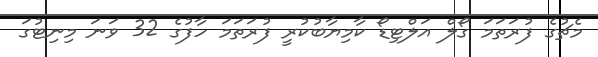
މެޗުގެ ފުރަތަމަ ގޯލް އަލްޓިޑޯ ކާމިޔާބުކުރީ ފުރަތަމަ ހާފުގެ 32 ވަނަ މިނިޓުގަ